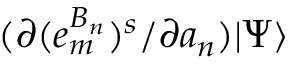
( \partial ( e _ { m } ^ { B _ { n } } ) ^ { s } / \partial a _ { n } ) | \Psi \rangle